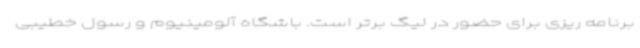
برنامه ریزی برای حضور در لیگ برتر است. باشگاه آلومینیوم و رسول خطیبی